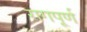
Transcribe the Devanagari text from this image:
रागपूर्ण